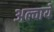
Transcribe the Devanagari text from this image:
अल्वाये